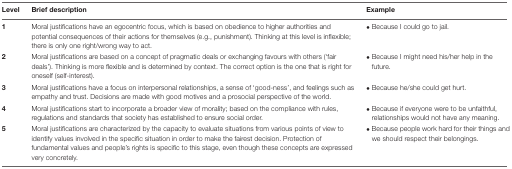
<table><thead><tr><td><b>Level</b></td><td><b>Brief description</b></td><td><b>Example</b></td></tr></thead><tbody><tr><td><b>1</b></td><td>Moral justifications have an egocentric focus, which is based on obedience to higher authorities and potential consequences of their actions for themselves (e.g., punishment). Thinking at this level is inflexible; there is only one right/wrong way to act.</td><td>• Because I could go to jail.</td></tr><tr><td><b>2</b></td><td>Moral justifications are based on a concept of pragmatic deals or exchanging favours with others (‘fair deals’). Thinking is more flexible and is determined by context. The correct option is the one that is right for oneself (self-interest).</td><td>• Because I might need his/her help in the future.</td></tr><tr><td><b>3</b></td><td>Moral justifications have a focus on interpersonal relationships, a sense of ‘good-ness’, and feelings such as empathy and trust. Decisions are made with good motives and a prosocial perspective of the world.</td><td>• Because he/she could get hurt.</td></tr><tr><td><b>4</b></td><td>Moral justifications start to incorporate a broader view of morality; based on the compliance with rules, regulations and standards that society has established to ensure social order.</td><td>• Because if everyone were to be unfaithful, relationships would not have any meaning.</td></tr><tr><td><b>5</b></td><td>Moral justifications are characterized by the capacity to evaluate situations from various points of view to identify values involved in the specific situation in order to make the fairest decision. Protection of fundamental values and people’s rights is specific to this stage, even though these concepts are expressed very concretely.</td><td>• Because people work hard for their things and we should respect their belongings.</td></tr></tbody></table>